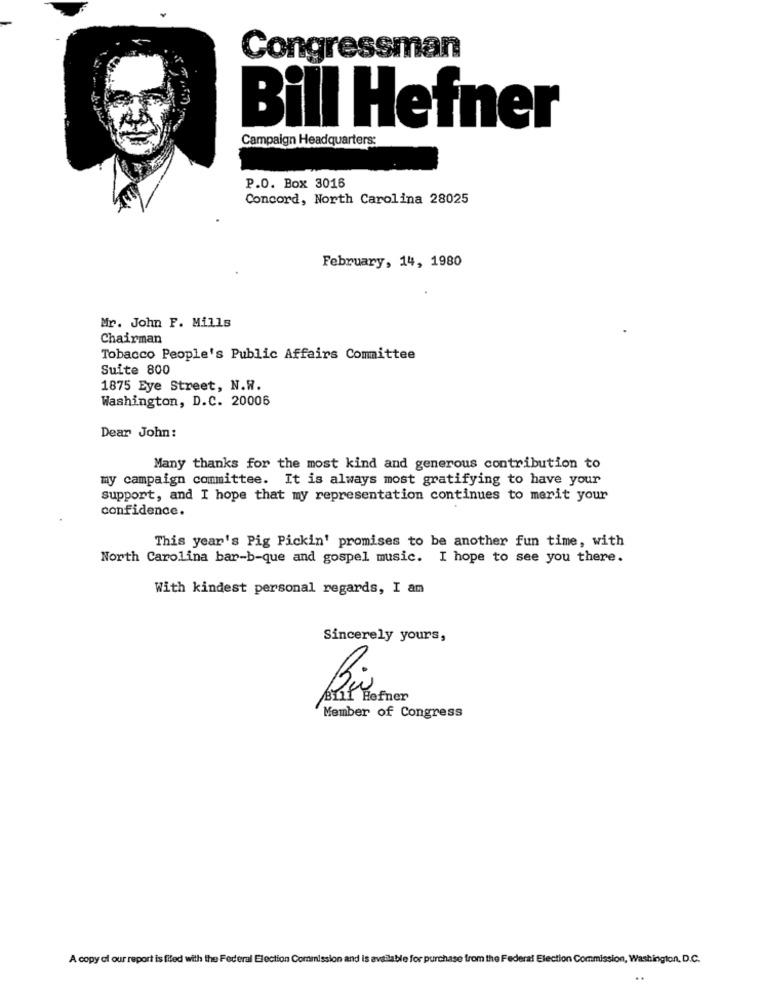
Congressman
Bill Hefner
Campaign Headquarters:
P.O. Box 3016
Concord, North Carolina 28025
February, 14, 1980
Mr. John F. Mills
Chairman
Tobacco People's Public Affairs Committee
Suite 800
1875 Eye Street, N.R.
Washington, D.C. 20006
Dear John:
Many thanks for the most kind and generous contribution to
my campaign committee. It is always most gratifying to have your
support, and I hope that my representation continues to merit your
confidence.
This year's Pig Pickin' promises to be another fun time, with
North Carolina bar-b-que and gospel music. I hope to see you there.
With kindest personal regards, I am
Sincerely yours,
Bill Hefner
Member of Congress
A copy of our report is filed with the Federal Election Commission and is available for purchase from the Federal Election Commission, Washington, D.C.